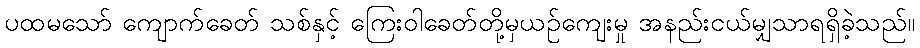
ပထမသော် ကျောက်ခေတ် သစ်နှင့် ကြေးဝါခေတ်တို့မှယဉ်ကျေးမှု အနည်းငယ်မျှသာရရှိခဲ့သည်။